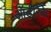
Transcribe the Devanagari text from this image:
ऑर्डरिक